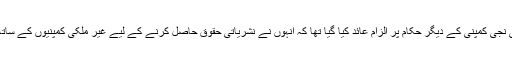
اطالوی وزیراعظم اور ان کی نجی کمپنی کے دیگر حکام پر الزام عائد کیا گیا تھا کہ انہوں نے نشریاتی حقوق حاصل کرنے کے لیے غیر ملکی کمپنیوں کے ساتھ مل کر دھوکہ دہی کی ہے۔